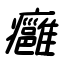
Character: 癰